Report by Surgeon-Major Lyons, I.M.S., President of the Plague Research Committee - Part I
Disease focus: Plague
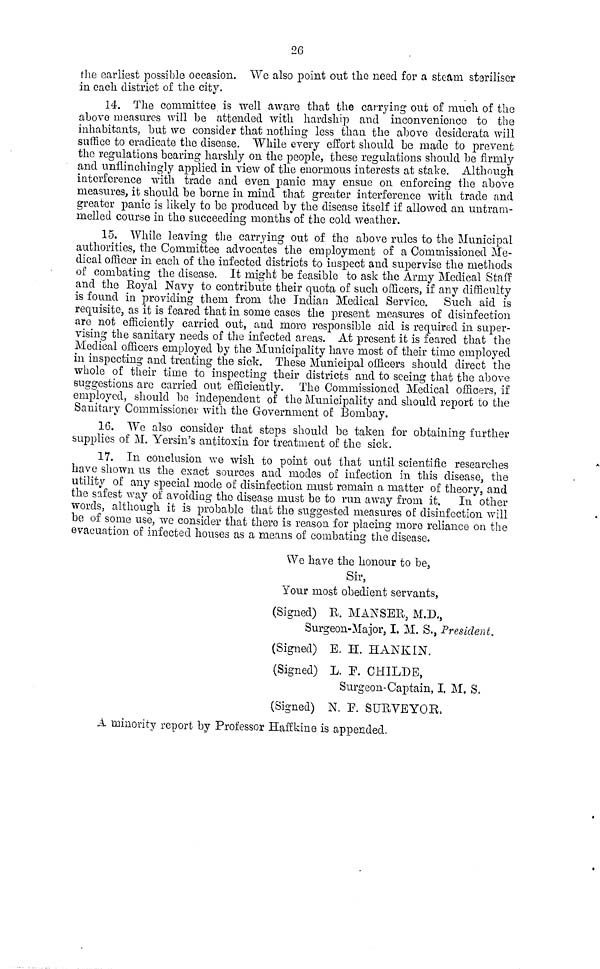
26
the earliest possible occasion. We also point out the need for a steam steriliser
in each district of the city.
14. The committee is well aware that the carrying out of much of the
above measures will be attended with hardship and inconvenionce to the
inhabitants, hut we consider that nothing less than the above desiderata will
suffice to eradicate the disease. While every effort should be made to prevent
the regulations bearing harshly on the people, these regulations should he firmly
and unflinchingly applied in view of the enormous interests at stake. Although
interference with trade and even panic may ensue on enforcing the above
measures, it should be borne in mind that greater interference with trade and
greater panic is likely to be produced by the disease itself if allowed an untram-
melled course in the succeeding months of the cold weather.
15. While leaving the carrying out of the above rules to the Municipal
authorities, the Committee advocates the employment of a Commissioned Me-
dical officer in each of the infected districts to inspect and supervise the methods
of combating the disease. It might be feasible to ask the Army Medical Staff
and the Royal Navy to contribute their quota of such officers, if any difficulty
is found in providing them from the Indian Medical Service. Such aid is
requisite, as it is feared that in some cases the present measures of disinfection
are not efficiently carried out, and more responsible aid is required in super-
vising the sanitary needs of the infected areas. At present it is feared that the
Medical officers employed by the Municipality have most of their time employed
in inspecting and treating the sick. These Municipal officers should direct the
whole of their time to inspecting their districts and to seeing that the above
suggestions are carried out efficiently. The Commissioned Medical officers, if
employed, should be independent of the Municipality and should report to the
Sanitary Commissioner with the Government of Bombay.
16. We also consider that steps should be taken for obtaining further
supplies of M. Yersin's antitoxin for treatment of the sick.
17. In conclusion we wish to point out that until scientific researches
have shown us the exact sources and modes of infection in this disease, the
utility of any special mode of disinfection must remain a matter of theory, and
the safest way of avoiding the disease must be to run away from it. In other
words, although it is probable that the suggested measures of disinfection will
be of some use, we consider that there is reason for placing more reliance on the
evacuation of infected houses as a means of combating the disease.
We have the honour to be,
Sir,
Your most obedient servants,
(Signed) R. MANSER, M.D.,
Surgeon-Major, I. M. S., President.
(Signed) E. H. HANKIN,
(Signed) L. F. CHILDE,
Surgeon-Captain, I. M. S,
(Signed) N. F. SURVEYOR,
A minority report by Professor Haffkine is appended.